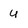
Character: u